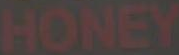
HONEY